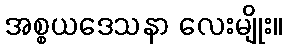
အစ္စယဒေသနာ လေးမျိုး။